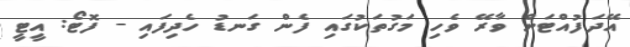
އޭދަފުއްޓަށް ވާރޭ ވެހި މަގުތަކުގައި ފެން ގަނޑު ހެދިފައި - ފޮޓޯ: އީޓީ